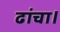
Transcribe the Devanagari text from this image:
ढांचा।